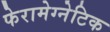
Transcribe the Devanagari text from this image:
फेरामेग्नेटिक